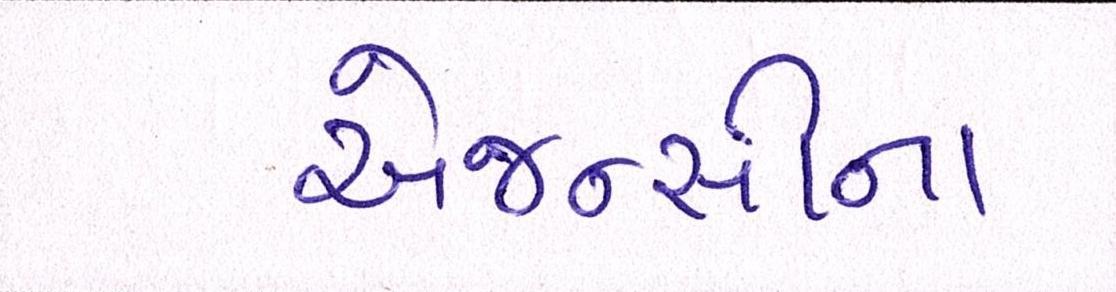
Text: એજન્સીના